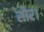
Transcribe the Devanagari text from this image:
सोर।